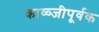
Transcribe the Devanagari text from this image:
काळ्जीपूर्वक